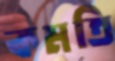
কমতি